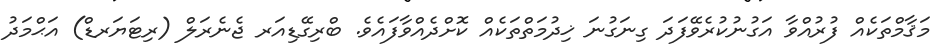
މަޤާމްތަކެއް ފުރުއްވާ އަގުނުކުރެވޭފަދަ ގިނަގުނަ ޚިދުމަތްތަކެއް ކޮށްދެއްވާފައެވެ. ބްރިގޭޑިއަރ ޖެނެރަލް (ރިޓަޔަރޑް) އަޙްމަދު